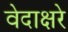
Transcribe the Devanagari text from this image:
वेदाक्षरे